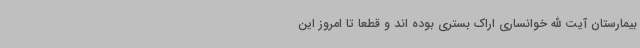
بیمارستان آیت الله خوانساری اراک بستری بوده اند و قطعا تا امروز این